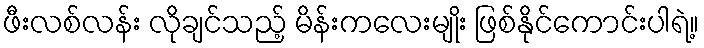
ဖီးလစ်လန်း လိုချင်သည့် မိန်းကလေးမျိုး ဖြစ်နိုင်ကောင်းပါရဲ့။